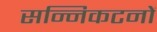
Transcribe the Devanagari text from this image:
सन्निकटनों